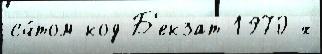
сч́том код Б'екзат 1970-х